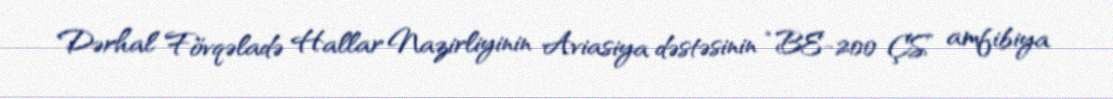
Dərhal Fövqəladə Hallar Nazirliyinin Aviasiya dəstəsinin “BE-200 ÇS” amfibiya